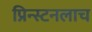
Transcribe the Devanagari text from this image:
प्रिन्स्टनलाच